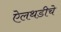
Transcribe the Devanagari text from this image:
ऐलथडीचे